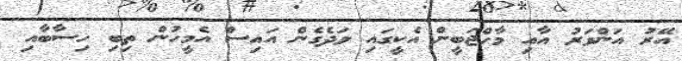
އޭރު އަންވަރު އާއި މާހްޖަބީން އެކީގައި ވަދެގެން އައިސް އެމީހުން ތިބި ހިސާބާއި